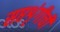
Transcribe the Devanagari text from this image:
सप्तशृंगीची